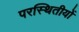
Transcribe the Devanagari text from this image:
परस्थितीयों